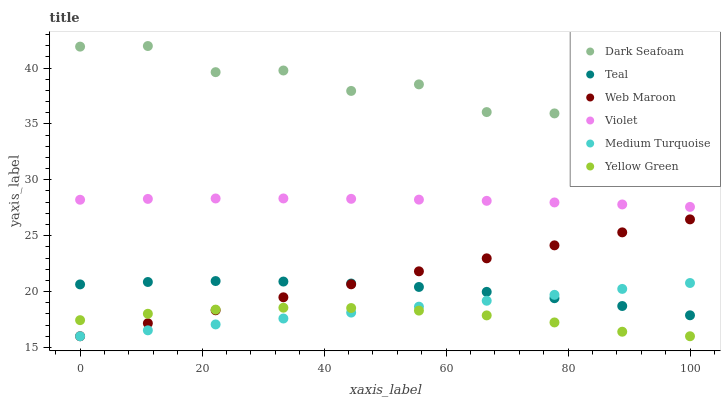
| xaxis_label | Dark Seafoam | Teal | Web Maroon | Violet | Medium Turquoise | Yellow Green |
 | --- | --- | --- | --- | --- | --- | --- |
 | 0 | 41.9 | 20.6 | 16 | 28.2 | 16 | 17.4 |
 | 11.1 | 42 | 20.9 | 17.2 | 28.3 | 16.5 | 18 |
 | 22.2 | 39.6 | 20.9 | 18.3 | 28.3 | 17.1 | 18.4 |
 | 33.3 | 39.8 | 20.9 | 19.5 | 28.3 | 17.6 | 18.6 |
 | 44.4 | 38 | 20.7 | 20.6 | 28.3 | 18.1 | 18.5 |
 | 55.6 | 38.5 | 20.4 | 21.8 | 28.2 | 18.6 | 18.3 |
 | 66.7 | 36.1 | 20 | 23 | 28.1 | 19.2 | 17.9 |
 | 77.8 | 35.9 | 19.4 | 24.1 | 28 | 19.7 | 17.2 |
 | 88.9 | 34.4 | 18.7 | 25.3 | 27.8 | 20.2 | 16.4 |
 | 100 | 33.7 | 17.9 | 26.5 | 27.6 | 20.8 | 16 |